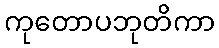
ကုတောပဘုတိကာ